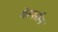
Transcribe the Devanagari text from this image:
येस्पर्सन